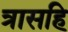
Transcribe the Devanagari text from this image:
त्रासहि